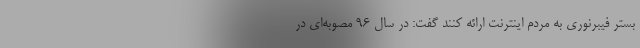
بستر فیبرنوری به مردم اینترنت ارائه کنند گفت: در سال ۹۶ مصوبه‌ای در